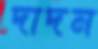
দাদন